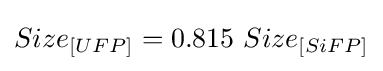
Size_{[UFP]}=0.815\ Size_{[SiFP]}